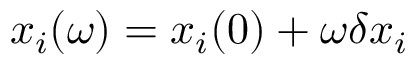
x _ { i } ( \omega ) = x _ { i } ( 0 ) + \omega \delta x _ { i }